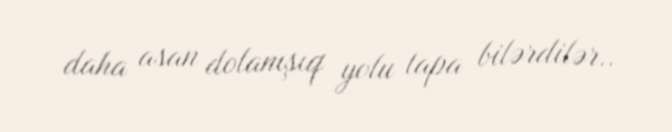
daha asan dolanışıq yolu tapa bilərdilər..